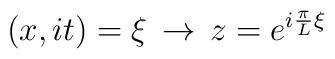
(x,it)=\xi \, \rightarrow \, z=e^{i\frac{\pi }{L}\xi }